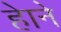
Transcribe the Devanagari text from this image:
हेाने